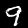
Label: 9